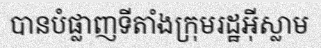
បានបំផ្លាញទីតាំងក្រុមរដ្ឋអ៊ីស្លាម